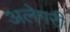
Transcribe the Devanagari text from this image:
अलेगरी